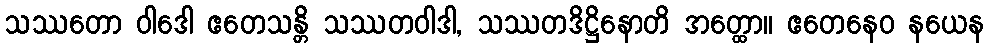
သဿတော ဝါဒေါ ဧတေသန္တိ သဿတဝါဒါ, သဿတဒိဋ္ဌိနောတိ အတ္ထော။ ဧတေနေဝ နယေန